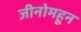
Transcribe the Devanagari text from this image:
जीनोमहून